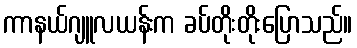
ကာနယ်ဂျူလယန်းက ခပ်တိုးတိုးပြောသည်။